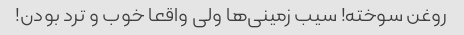
روغن سوخته! سیب زمینی‌ها ولی واقعا خوب و ترد بودن!